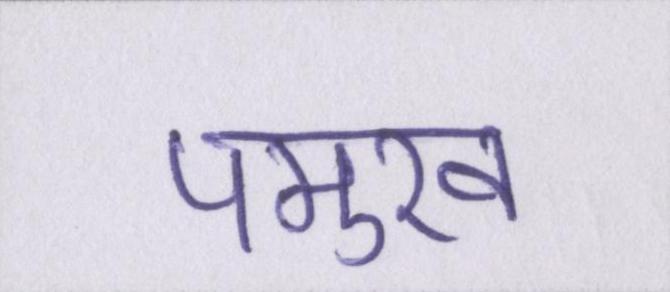
पमुख